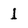
Character: 1